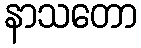
နာသတော